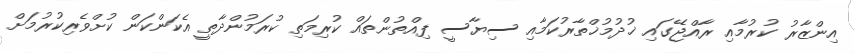
އިންޒާރު ކުރުމާއި ރާއްޖޭގައި ޚުދުމުޚްތާރުކަމާއި ސިޔާސީ ފިއްތުންތައް ކުރިމަތި ކުރަމުންދާތީ އެކަންކަން ކުށްވެރިކުރުމަށް